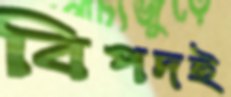
বিপদই